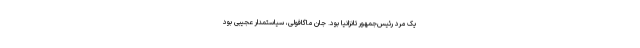
یک مرد رئیس‌جمهور تانزانیا بود. جان ماگافولی، سیاستمدار عجیبی بود